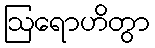
ဩရောဟိတွာ